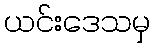
ယင်းဒေသမှ